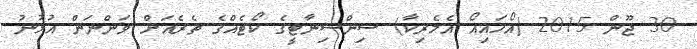
30 ޖޫން 2015 (އޯހައިއޯ އެމެރިކާ) ސިންސިނާޓީގެ ކޯޓެއްގެ ތެރެއަށް ވަންނަން އުޅުނު